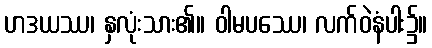
ဟဒယဿ၊ နှလုံးသား၏။ ဝါမပဿေ၊ လက်ဝဲနံပါး၌။